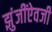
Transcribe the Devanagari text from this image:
झुंजींऐवजी